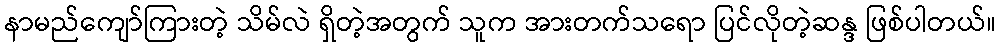
နာမည်ကျော်ကြားတဲ့ သိမ်လဲ ရှိတဲ့အတွက် သူက အားတက်သရော ပြင်လိုတဲ့ဆန္ဒ ဖြစ်ပါတယ်။